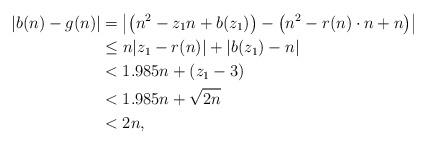
LaTeX: \begin{align*}|b(n) - g(n)| &= \left|\left(n^2 - z_1n + b(z_1) \right) - \left(n^2 - r(n)\cdot n + n \right)\right|\\&\le n|z_1 - r(n)| + |b(z_1) - n|\\&< 1.985n + (z_1 - 3)\\&< 1.985n + \sqrt{2n}\\&< 2n,\end{align*}